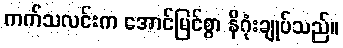
ကက်သလင်းက အောင်မြင်စွာ နိဂုံးချုပ်သည်။